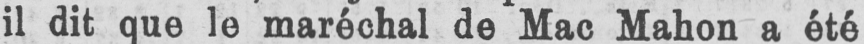
il dit que le maréchal de Mac Mahon a été